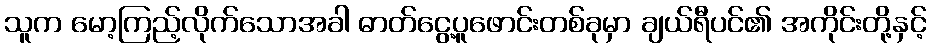
သူက မော့ကြည့်လိုက်သောအခါ ဓာတ်ငွေ့ပူဖောင်းတစ်ခုမှာ ချယ်ရီပင်၏ အကိုင်းတို့နှင့်